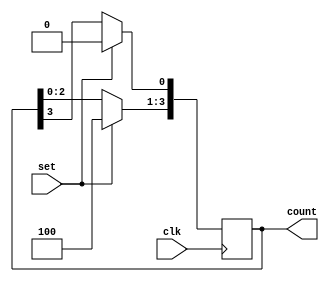
`timescale 1ns / 1ps
//////////////////////////////////////////////////////////////////////////////////
// Company: 
// Engineer: 
// 
// Design Name: 
// Module Name: ringcntr
// Project Name: 
// Target Devices: 
// Tool Versions: 
// Description: 
// 
// Dependencies: 
// 
// Revision:
// Revision 0.01 - File Created
// Additional Comments:
// 
//////////////////////////////////////////////////////////////////////////////////


module ringcntr(
    input clk,
    input set,
    output reg [3:0] count
    );
    always @ (posedge clk)
    begin
    if(set)
    count<=4'b1000;
    else 
    begin
    count<=(count<<1);
    count[0]<=count[3];
    end
    end
endmodule